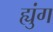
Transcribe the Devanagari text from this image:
ह्युंग